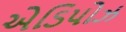
એડિપોઝ